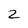
Character: 2